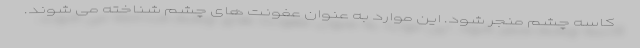
کاسه چشم منجر شود. این موارد به عنوان عفونت های چشم شناخته می شوند.